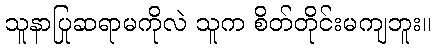
သူနာပြုဆရာမကိုလဲ သူက စိတ်တိုင်းမကျဘူး။